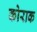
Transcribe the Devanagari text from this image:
कोराक